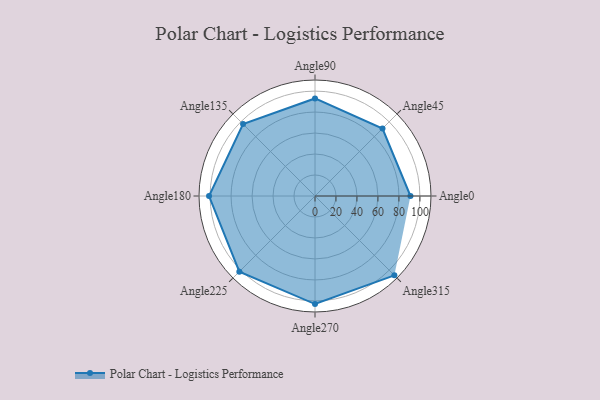
{"axis": {"x": "Angle", "y": "Radius"}, "legend": [""], "data": [{"x": "Angle0", "y": 91.0, "type": ""}, {"x": "Angle45", "y": 91.0, "type": ""}, {"x": "Angle90", "y": 93.0, "type": ""}, {"x": "Angle135", "y": 97.0, "type": ""}, {"x": "Angle180", "y": 101.0, "type": ""}, {"x": "Angle225", "y": 102.0, "type": ""}, {"x": "Angle270", "y": 103.0, "type": ""}, {"x": "Angle315", "y": 107.0, "type": ""}]}